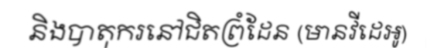
និងបាតុករនៅជិតព្រំដែន (មានវីដេអូ)